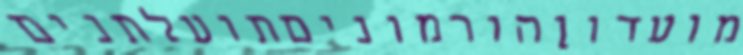
מועדוןהורמוניםתועלתנים